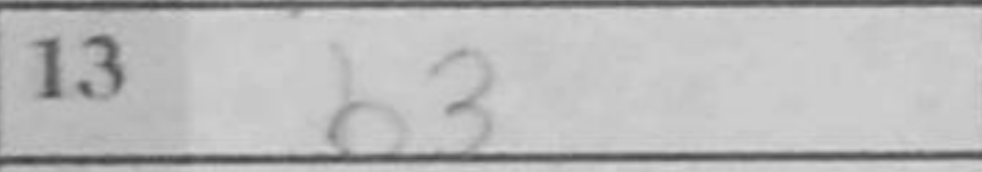
Transcription: b3